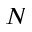
N